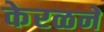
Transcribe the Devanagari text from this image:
केरळने